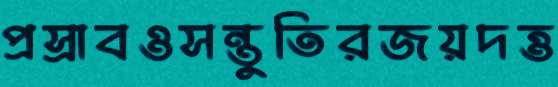
প্রস্রাবওসন্তুতিরজয়দত্ত